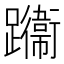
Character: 𨇙